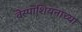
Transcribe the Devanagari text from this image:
वेस्पाशियनाच्या